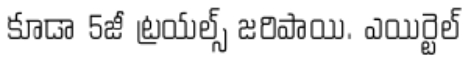
కూడా 5జీ ట్రయల్స్ జరిపాయి. ఎయిర్టెల్